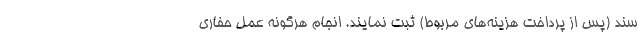
سند (پس از پرداخت هزینه‌های مربوط) ثبت نمایند. انجام هرگونه عمل حفاری